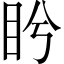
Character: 盻